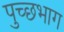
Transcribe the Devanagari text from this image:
पुच्छभाग